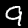
Label: 9